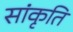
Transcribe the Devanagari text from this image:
सांकृति